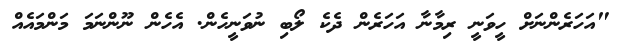
"އަހަރެންނަށް ހީވަނީ ރިމާނާ އަހަރެން ދެކެ ލޯބި ނުވަނީހެން. އެހެން ނޫންނަމަ މަންމައެއް